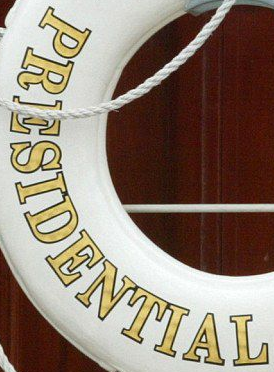
PRESIDENTIAL